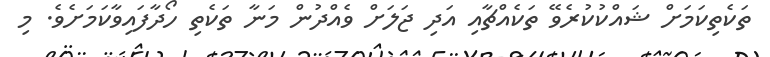
ތަކެތިކަމަށް ޝައްކުކުރެވޭ ތަކެއްޗާއި އަދި ޖަލަށް ވެއްދުން މަނާ ތަކެތި ހޯދާފައިވާކަމަށެވެ. މި